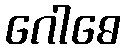
ဂေါဓေ